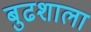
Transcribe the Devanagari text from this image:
बुढशाला